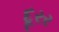
દૂરર